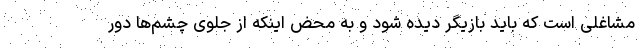
مشاغلی است که باید بازیگر دیده شود و به محض اینکه از جلوی چشم‌ها دور